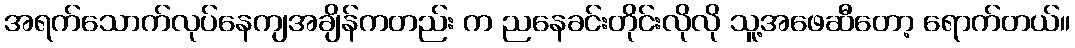
အရက်သောက်လုပ်နေကျအချိန်ကတည်း က ညနေခင်းတိုင်းလိုလို သူ့အဖေဆီတော့ ရောက်တယ်။